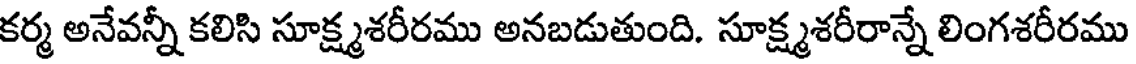
కర్మ అనేవన్నీ కలిసి సూక్ష్మశరీరము అనబడుతుంది. సూక్ష్మశరీరాన్నే లింగశరీరము